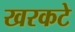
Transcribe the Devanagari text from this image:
खरकटे